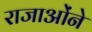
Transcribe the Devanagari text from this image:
राजाओंने